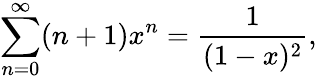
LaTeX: \sum_{n=0}^{\infty}(n+1)x^{n}={\frac{1}{(1-x)^{2}}},